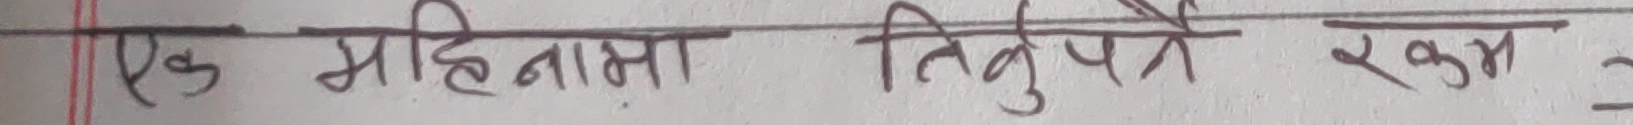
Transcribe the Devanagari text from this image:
एक महिनामा तिगुणे रकम